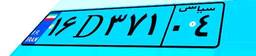
۱۶D۳۷۱۰۴